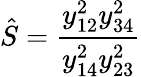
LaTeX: \hat{S}={\frac{y_{12}^{2}y_{34}^{2}}{y_{14}^{2}y_{23}^{2}}}